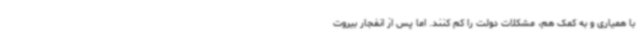
با همیاری و به کمک هم، مشکلات دولت را کم کنند. اما پس از انفجار بیروت